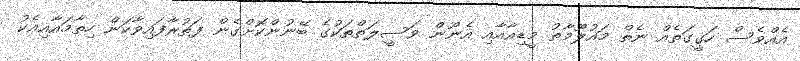
އެއްވެސް ހަގީގަތެއް ނެތް މައުލޫމާތު މީޑިއާއާއި އެނޫން ވަސީލަތްތަކުގެ ބޭނުންކޮށްގެން ފަތުރާފައިވާކަން ހިތާމައާއިއެކު